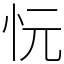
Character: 忨